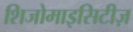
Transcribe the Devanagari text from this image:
शिजोमाइसिटीज़